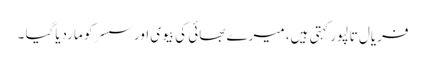
فریال تالپور کہتی ہیں، میرے بھائی کی بیوی اور سسرکو ماردیاگیا ۔